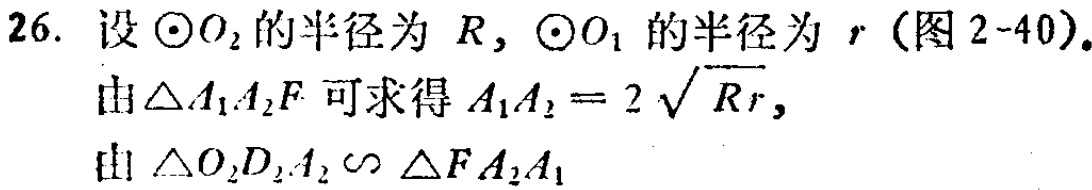
26. 设$\odot O_{2}$的半径为$R$，$\odot O_{1}$的半径为$r$（图2 - 40）。
由$\triangle A_{1}A_{2}F$可求得$A_{1}A_{2}=2\sqrt{Rr}$，
由$\triangle O_{2}D_{2}A_{2}\backsim\triangle FA_{2}A_{1}$